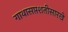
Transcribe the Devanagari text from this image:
गाथासप्तशतीसारखे